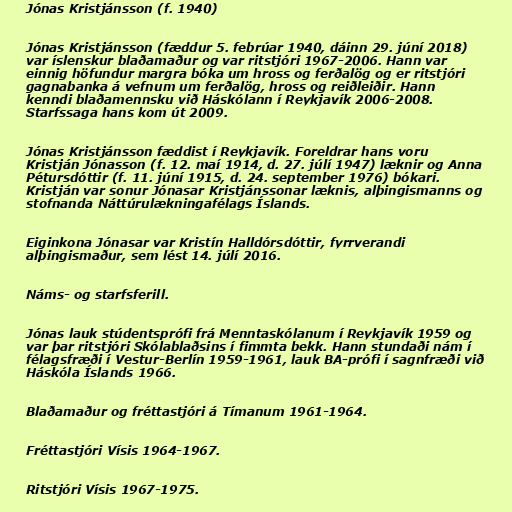
Jónas Kristjánsson (f. 1940)

Jónas Kristjánsson (fæddur 5. febrúar 1940, dáinn 29. júní 2018)
var íslenskur blaðamaður og var ritstjóri 1967-2006. Hann var
einnig höfundur margra bóka um hross og ferðalög og er ritstjóri
gagnabanka á vefnum um ferðalög, hross og reiðleiðir. Hann
kenndi blaðamennsku við Háskólann í Reykjavík 2006-2008.
Starfssaga hans kom út 2009.

Jónas Kristjánsson fæddist í Reykjavík. Foreldrar hans voru
Kristján Jónasson (f. 12. maí 1914, d. 27. júlí 1947) læknir og Anna
Pétursdóttir (f. 11. júní 1915, d. 24. september 1976) bókari.
Kristján var sonur Jónasar Kristjánssonar læknis, alþingismanns og
stofnanda Náttúrulækningafélags Íslands.

Eiginkona Jónasar var Kristín Halldórsdóttir, fyrrverandi
alþingismaður, sem lést 14. júlí 2016.

Náms- og starfsferill.

Jónas lauk stúdentsprófi frá Menntaskólanum í Reykjavík 1959 og
var þar ritstjóri Skólablaðsins í fimmta bekk. Hann stundaði nám í
félagsfræði í Vestur-Berlín 1959-1961, lauk BA-prófi í sagnfræði við
Háskóla Íslands 1966.

Blaðamaður og fréttastjóri á Tímanum 1961-1964.

Fréttastjóri Vísis 1964-1967.

Ritstjóri Vísis 1967-1975.